Malarial fevers
Disease focus: Malaria
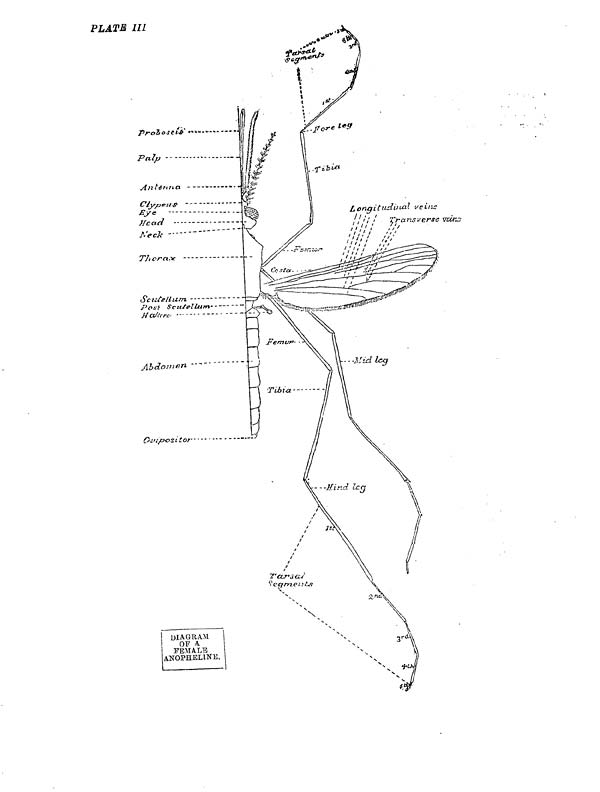
PLATE III
DIAGRAM
OF A
FEMALE
ANOPHELINE.